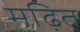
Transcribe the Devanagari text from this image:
मढ़ित